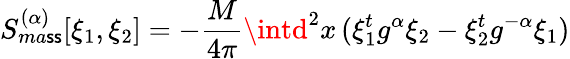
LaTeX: S_{ma\mathsf{s}\mathsf{s}}^{(\alpha)}[\xi_{1},\xi_{2}]=-\frac{{M}}{{4\pi}}\intd^{2}x\, (\xi_{1}^{t}g^{\alpha}\xi_{2}-\xi_{2}^{t}g^{-\alpha}\xi_{1})